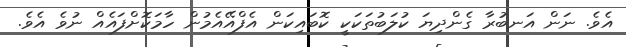
އެވެ. ނަން އަނބުރާ ގެންދިޔަ ކުލަބުތަކަކީ ކޮބައިކަން އެފްއޭއެމުން ހާމަކޮށްފައެއް ނުވެ އެވެ.